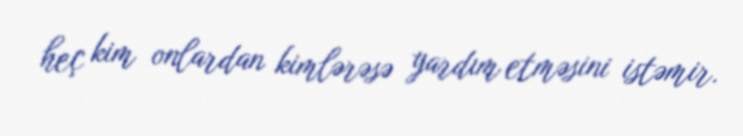
heç kim onlardan kimlərəsə yardım etməsini istəmir.